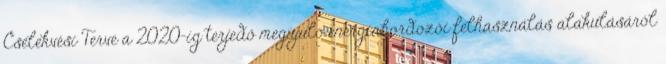
Cselekvési Terve a 2020-ig terjedő megújuló energiahordozói felhasználás alakulásáról